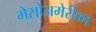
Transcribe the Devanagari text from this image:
मेसोअमेरीका